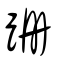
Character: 跚